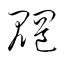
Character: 魍